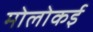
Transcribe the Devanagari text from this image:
मोलोकई